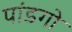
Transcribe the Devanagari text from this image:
पांडगो